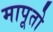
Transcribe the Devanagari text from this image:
मापूतो